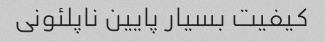
کیفیت بسیار پایین ناپلئونی